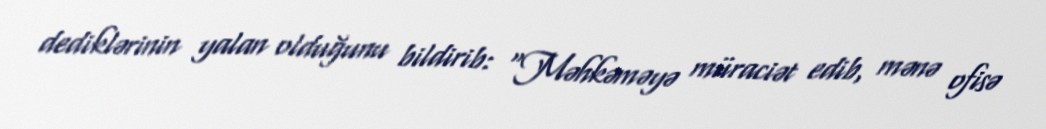
dediklərinin yalan olduğunu bildirib: “Məhkəməyə müraciət edib, mənə ofisə